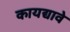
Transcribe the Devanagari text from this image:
कायद्यावे